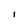
Character: I